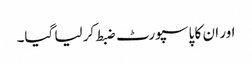
اور ان کا پاسپورٹ ضبط کر لیا گیا۔